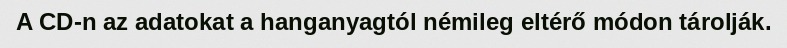
A CD-n az adatokat a hanganyagtól némileg eltérő módon tárolják.